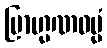
ဗြာဟ္မဏဓမ္မံ